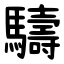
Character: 䮻